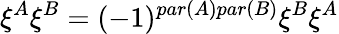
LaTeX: \xi^{A}\xi^{B}=(-1)^{par(A)par(B)}\xi^{B}\xi^{A}